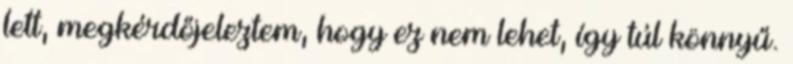
lett, megkérdőjeleztem, hogy ez nem lehet, így túl könnyű.